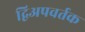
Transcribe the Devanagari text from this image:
द्विअपवर्तक